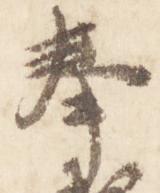
奉